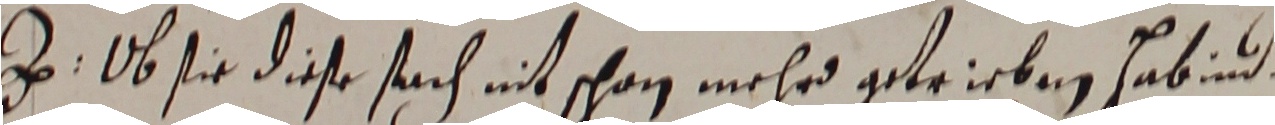
z. ob sie dieße sach nit schan mehr getrieben habind.